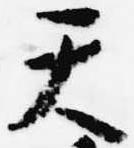
天